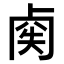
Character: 𠧿